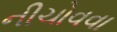
નીચોવવા